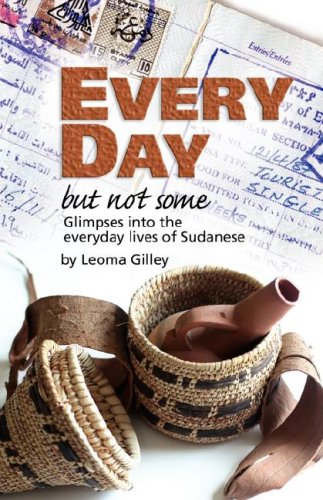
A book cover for Every Day But Not Some, Glimpses into the everyday lives of Sudanese; Leoma G Gilley; Travel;